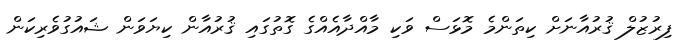
ފިރުޒުލް ޤުރުއާނަށް ކިތަންމެ މޮޅަސް ވަކި މާއްދާއެއްގެ ގޮތުގައި ޤުރުއާން ކިޔަވަން ޝައުގުވެރިކަން